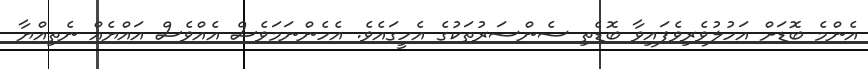
އެންމެ ބޮޑަށް އަހުލުވެރިވެފައިވާ ބޮޑެތި ސެންސަރުތަކުގެ އެހީގައެވެ. އެހެންނަމަވެސް އެއްވެސް އައްޔެއް ނެތިއްޔާ